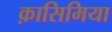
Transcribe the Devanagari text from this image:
क़ासिमिया